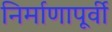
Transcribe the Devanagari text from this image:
निर्माणापूर्वी